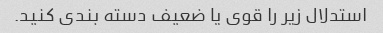
استدلال زیر را قوی یا ضعیف دسته بندی کنید.